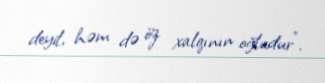
deyil, həm də öz xalqının oğludur”.